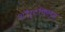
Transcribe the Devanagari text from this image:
शॉर्टफिल्म